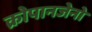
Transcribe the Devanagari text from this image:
क्रोपानजेनो